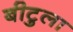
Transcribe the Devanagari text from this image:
बीटुला